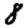
Digit: 8